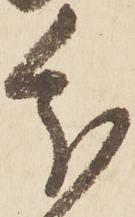
分